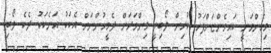
މިހެންވަނީ ކައިވެންޏަށްފަހު ކުރިން ލޯބިވީ މިންވަރަށް ދެމީހުންނަށް އެކަކު އަނެކަކު ދެކެ ލޯބި